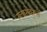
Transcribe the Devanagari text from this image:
ग्लासवरून